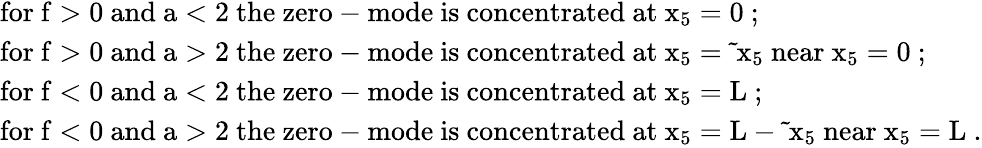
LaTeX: \begin{array}{l}{{\mathrm{for~f>0~and~a<2~the~zero-mode~is~concentrated~at~x_{5}=0~;}}}\\ {{\mathrm{for~f>0~and~a>2~the~zero-mode~is~concentrated~at~x_{5}=\tilde{~}x_{5}~near~x_{5}=0~;}}}\\ {{\mathrm{for~f<0~and~a<2~the~zero-mode~is~concentrated~at~x_{5}=L~;}}}\\ {{\mathrm{for~f<0~and~a>2~the~zero-mode~is~concentrated~at~x_{5}=L-\tilde{~}x_{5}~near~x_{5}=L~.}}}\end{array}